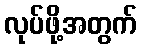
လုပ်ဖို့အတွက်